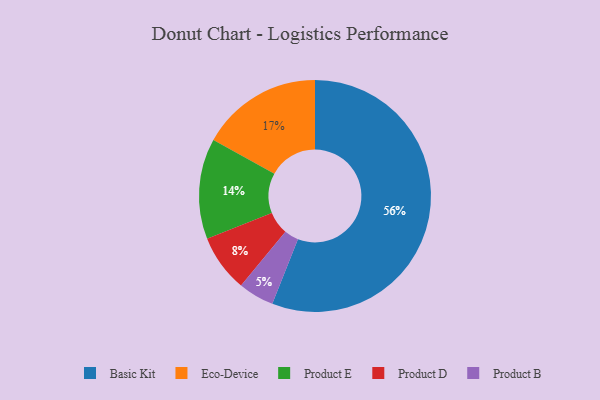
{"axis": {"x": "Category", "y": "Percentage"}, "legend": ["Basic Kit", "Eco-Device", "Product B", "Product D", "Product E"], "data": [{"x": "Product E", "y": 14, "type": "Product E"}, {"x": "Product B", "y": 5, "type": "Product B"}, {"x": "Basic Kit", "y": 56, "type": "Basic Kit"}, {"x": "Eco-Device", "y": 17, "type": "Eco-Device"}, {"x": "Product D", "y": 8, "type": "Product D"}]}